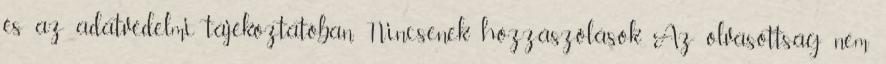
és az adatvédelmi tájékoztatóban. Nincsenek hozzászólások. Az olvasottság nem